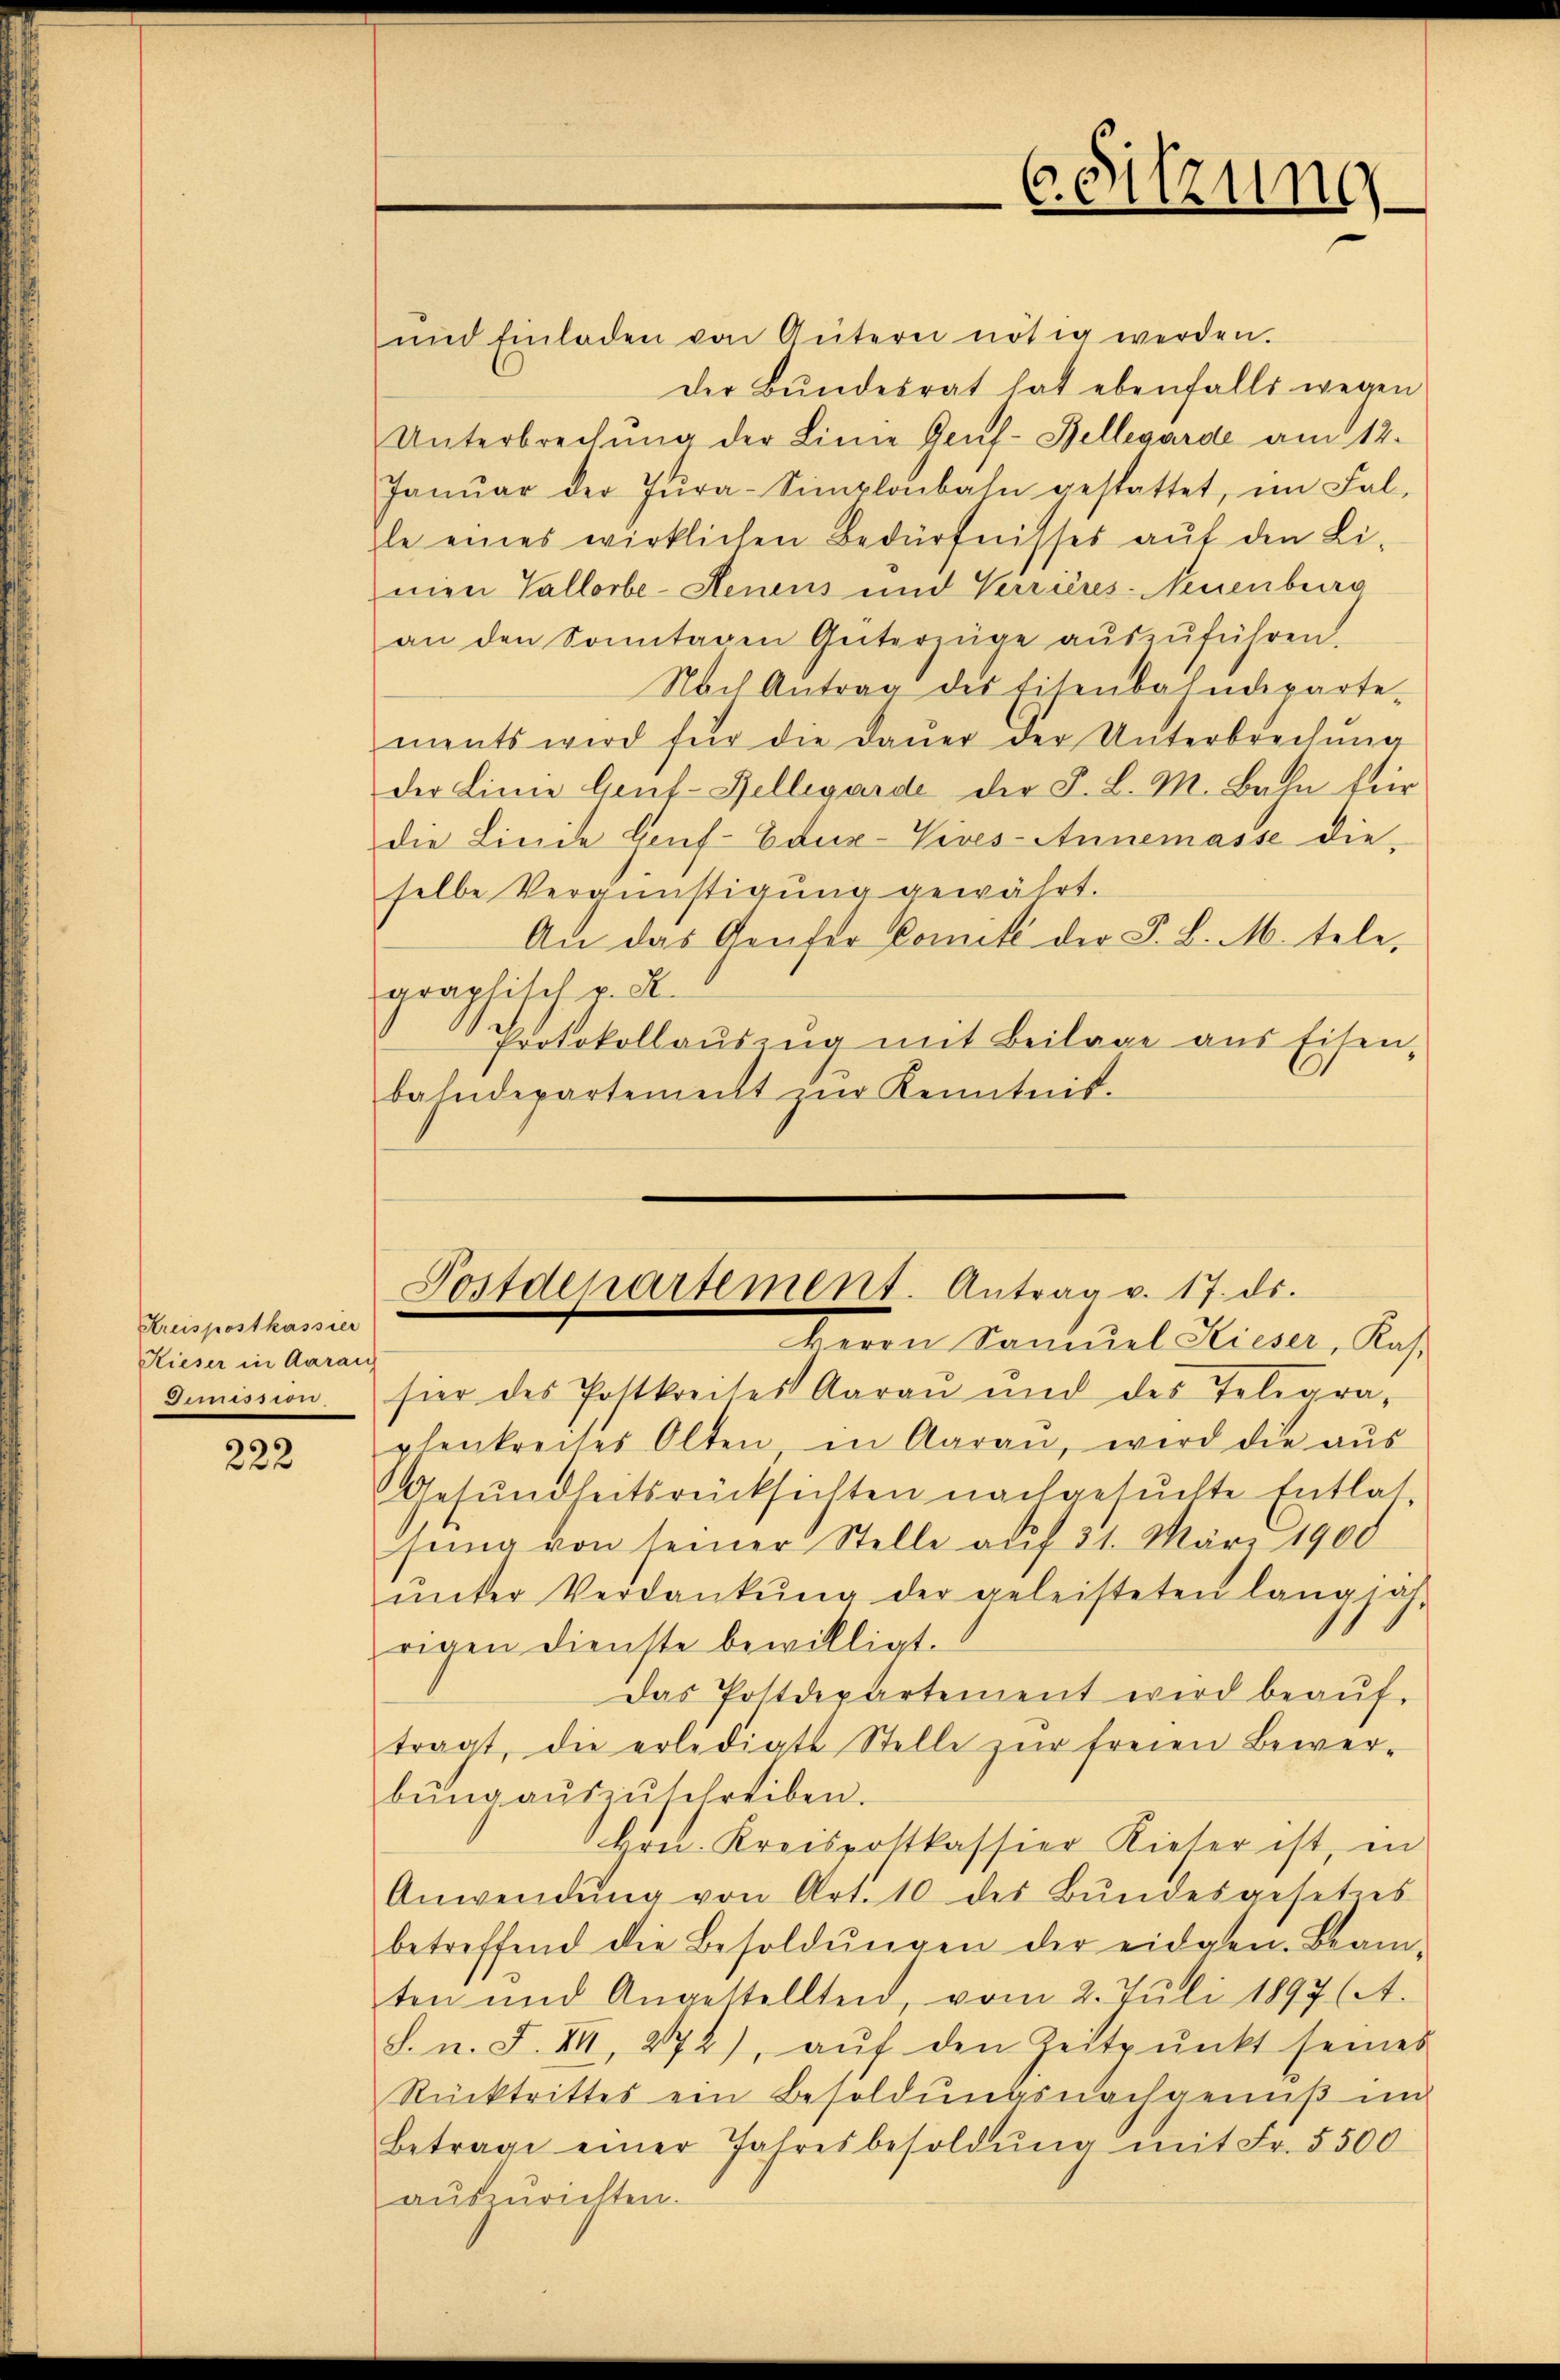
Kreispostkassier
Kieser in Aarau,
Dimission.

222

und Einladen von Gütern nötig werden.
der Bundesrat hat ebenfalls wegen
Unterbrechŭng der Linie Genf-Bellegarde am 12.
Janŭar der Jura-Simplonbahn gestattet, im Fal-
le eines wirklichen Bedürfnisses aŭf den Li-
mien Vallorbe-Henens und Verrieres-Neuenburg
an den Sonntagen Güterzüge aŭszŭführen.
Nach Antrag des Eisenbahndeparte-
ments wird für die Daŭer der Unterbrechŭng
der Linie Gent-Bellegarde der F. L. M. Bahn für
die Linie Leuf-Edux-Vives-Annemasse die-
selbe Vergünstigung gewährt.
An das Genfer Comité der F. L. M. tele,
graphisch v. M.
Protokollaŭszŭg mit Beilage aus Eisen-
bahndepartement zur Kenntnis.

sier des Postkreises Aarau und des Telegrarhenkreises Olten in Aarau, wird die aus
Gesundheitsrücksichten nachgesuchte Entlas
sŭng von seiner Stelle auf 31. März 1900
ŭnter Verdankŭng der geleisteten langiat
rigen dienste bewilligt.
Das Postdepartement wird beaŭf-
tragt, die erledigte Stelle zŭr freien Bewer-
bŭng aŭszŭschreiben.
Hrn. Kreisrottkassier Kieser ist, in
Anwendŭng von Art. 10 des Bŭndesgesetzes
betreffend die Besoldŭngen der eidgen. Beam-
ten und Angestellten, vom 2. Juli 1897 (A.
S. n. F. VII, 272), aŭf den Zeitpŭnkt seines
Rücktrittes ein Besoldungsnachgenuß im
Betrage einer Jahresbesoldŭng mit Fr. 5500
auszurichten.

C. Sitzung

Postdepartement. Antrag v. 17. ds.
Herrn Kannuel Kieser, Kas